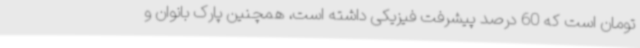
تومان است که 60 درصد پیشرفت فیزیکی داشته است، همچنین پارک بانوان و